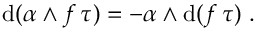
\mathrm { d } ( \alpha \wedge f \, \tau ) = - \alpha \wedge \mathrm { d } ( f \, \tau ) \ .